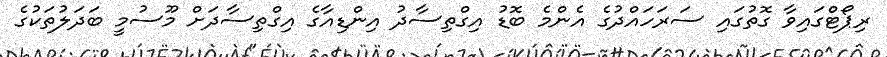
ރިޕޯޓްގައިވާ ގޮތުގައި ސަރަހައްދުގެ އެންމެ ބޮޑު އިގްތިސާދު އިންޑިއާގެ އިގްތިސާދަށް މޫސުމީ ބަދަލުތަކުގެ